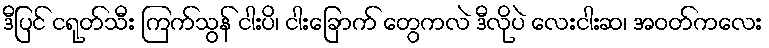
ဒီပြင် ငရုတ်သီး ကြက်သွန် ငါးပိ၊ ငါးခြောက် တွေကလဲ ဒီလိုပဲ လေးငါးဆ၊ အဝတ်ကလေး